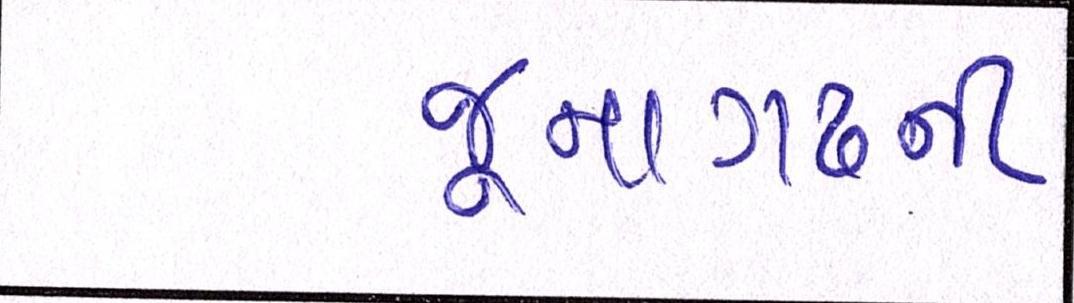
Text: જૂનાગઢની